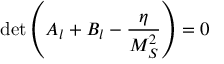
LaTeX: \operatorname * { d e t } \left( A _ { l } + B _ { l } - \frac { \eta } { M _ { S } ^ { 2 } } \right) = 0